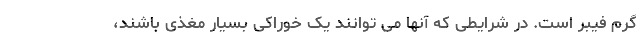
گرم فیبر است. در شرایطی که آنها می توانند یک خوراکی بسیار مغذی باشند،